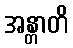
အန္တာတိ